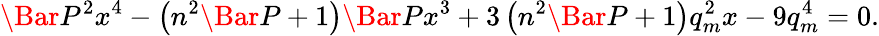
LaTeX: \Bar{P}^{2}x^{4}-\left(n^{2}\Bar{P}+1\right)\Bar{P}x^{3}+3\left(n^{2}\Bar{P}+1\right)q_{m}^{2}x-9q_{m}^{4}=0.